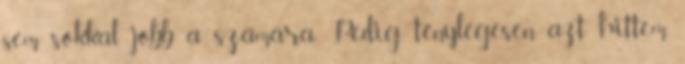
sem sokkal jobb a számára. Pedig ténylegesen azt hittem,